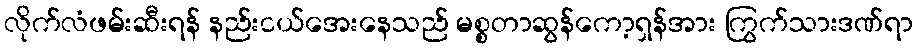
လိုက်လံဖမ်းဆီးရန် နည်းငယ်အေးနေသည် မစ္စတာဆွန်ကော့ရှန်အား ကြွက်သားဒဏ်ရာ